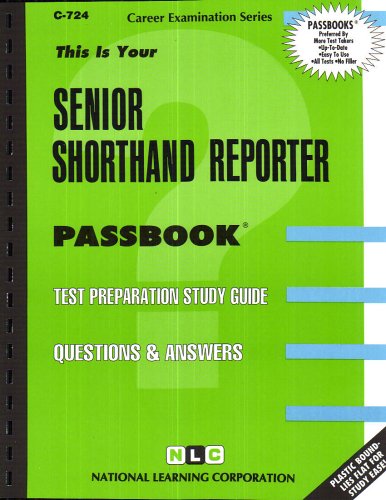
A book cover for Senior Shorthand Reporter(Passbooks) (Career Examination Series C-724); Jack Rudman; Law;